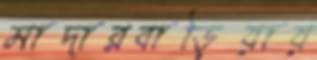
মাদারবাড়িয়ায়